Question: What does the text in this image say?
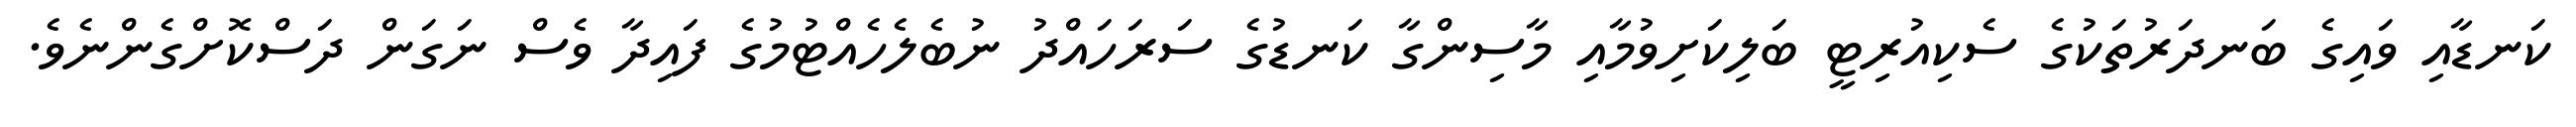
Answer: ކަނޑާއި ވައިގެ ބަނދަރުތަކުގެ ސެކިއުރިޓީ ބަލިކަށިވުމާއި މާސިންގާ ކަނޑުގެ ސަރަހައްދު ނުބެލެހެއްޓުމުގެ ފައިދާ ވެސް ނަގަން ދަސްކޮށްގެންނެވެ.